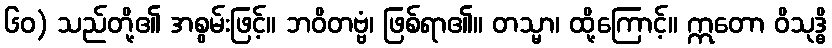
၆၀) သည်တို့၏ အစွမ်းဖြင့်။ ဘဝိတဗ္ဗံ၊ ဖြစ်ရာ၏။ တသ္မာ၊ ထို့ကြောင့်။ ဣတော ဝိသုဒ္ဓိ